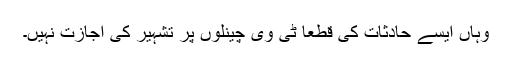
وہاں ایسے حادثات کی قطعا ٹی وی چینلوں پر تشہیر کی اجازت نہیں۔